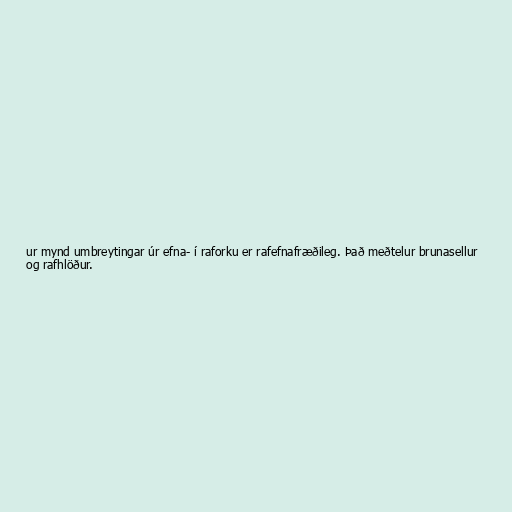
ur mynd umbreytingar úr efna- í raforku er rafefnafræðileg. Það meðtelur brunasellur
og rafhlöður.